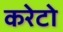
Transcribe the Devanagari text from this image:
करेटो